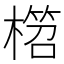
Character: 𣙭